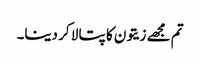
تم مجھے زیتون کا پتا لا کر دینا۔